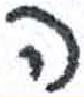
אות: ה